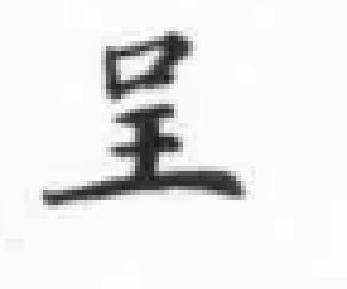
呈